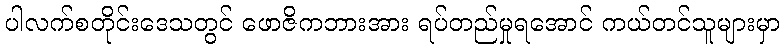
ပါလက်စတိုင်းဒေသတွင် ဖောဇိကဘားအား ရပ်တည်မှုရအောင် ကယ်တင်သူများမှာ